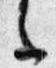
之